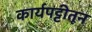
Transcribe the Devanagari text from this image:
कार्यपट्टीतून